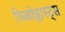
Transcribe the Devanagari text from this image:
फिब्रोब्लास्ट्स